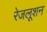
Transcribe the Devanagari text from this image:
रेजलूशन